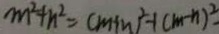
m ^ { 2 } + n ^ { 2 } = ( m + n ) ^ { 2 } + ( m - n ) ^ { 2 } .